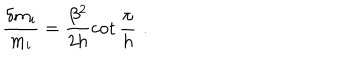
\frac { \delta m _ { i } } { m _ { i } } = \frac { \beta ^ { 2 } } { 2 h } \cot \frac { \pi } { h } \, \, .